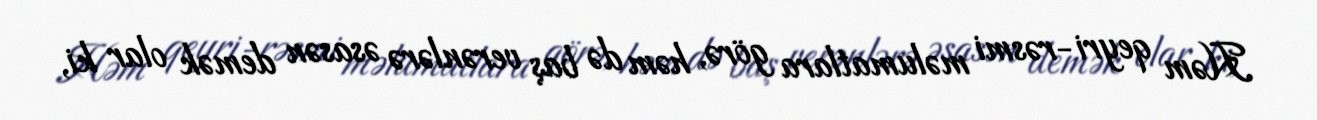
Həm qeyri-rəsmi məlumatlara görə, həm də baş verənlərə əsasən demək olar ki,